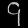
Digit: ၄